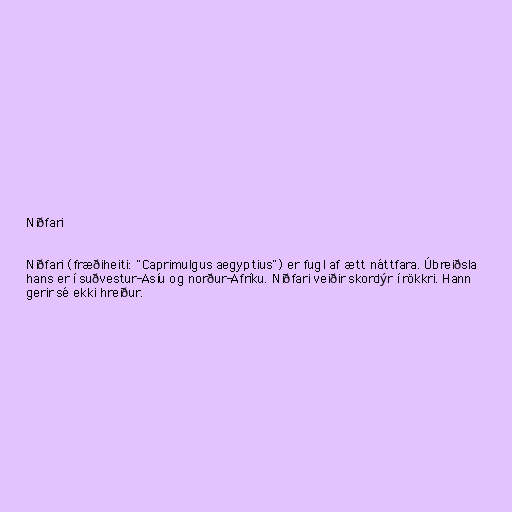
Niðfari

Niðfari (fræðiheiti: "Caprimulgus aegyptius") er fugl af ætt náttfara. Úbreiðsla
hans er í suðvestur-Asíu og norður-Afríku. Niðfari veiðir skordýr í rökkri. Hann
gerir sé ekki hreiður.